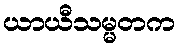
ယာယီသမ္မတက